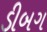
ડીબગ